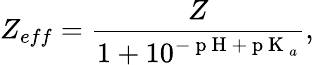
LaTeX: Z_{eff}=\frac{Z}{1+10^{-\mathrm{~p~H~}+\mathrm{~p~K~}_{a}}},